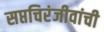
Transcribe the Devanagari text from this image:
सप्तचिरंजीवांची